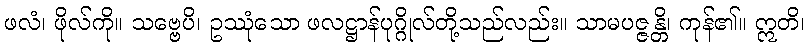
ဖလံ၊ ဖိုလ်ကို။ သဗ္ဗေပိ၊ ဥဿုံသော ဖလဋ္ဌာန်ပုဂ္ဂိုလ်တို့သည်လည်း။ သာမပဇ္ဇန္တိ၊ ကုန်၏။ ဣတိ၊